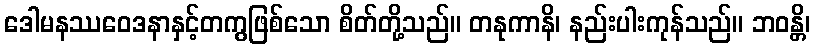
ဒေါမနဿဝေဒနာနှင့်တကွဖြစ်သော စိတ်တို့သည်။ တနုကာနိ၊ နည်းပါးကုန်သည်။ ဘဝန္တိ၊